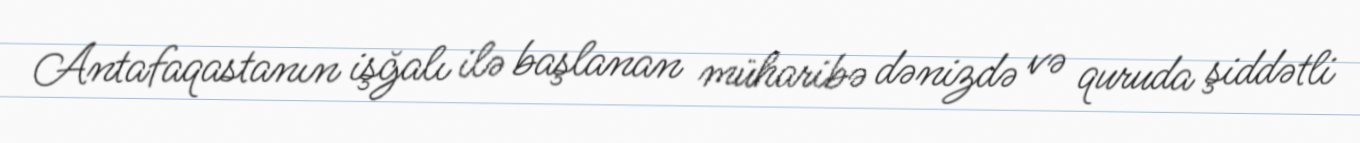
Antafaqastanın işğalı ilə başlanan müharibə dənizdə və quruda şiddətli